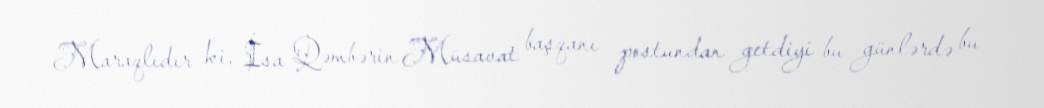
Maraqlıdır ki, İsa Qəmbərin Müsavat başqanı postundan getdiyi bu günlərdə bu